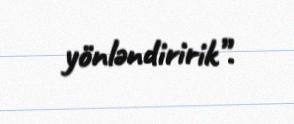
yönləndiririk”.